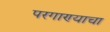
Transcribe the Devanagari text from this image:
परगाण्याचा